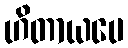
ဟိတာယပေ